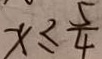
x \leq \frac { 5 } { 4 }